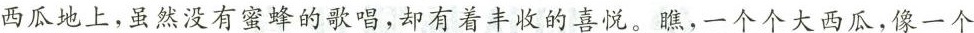
西瓜地上，虽然没有蜜蜂的歌唱，却有着丰收的喜悦。瞧，一个个大西瓜，像一个